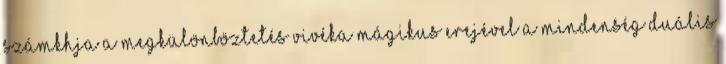
számkhja a megkülönböztetés vivéka mágikus erejével a mindenség duális